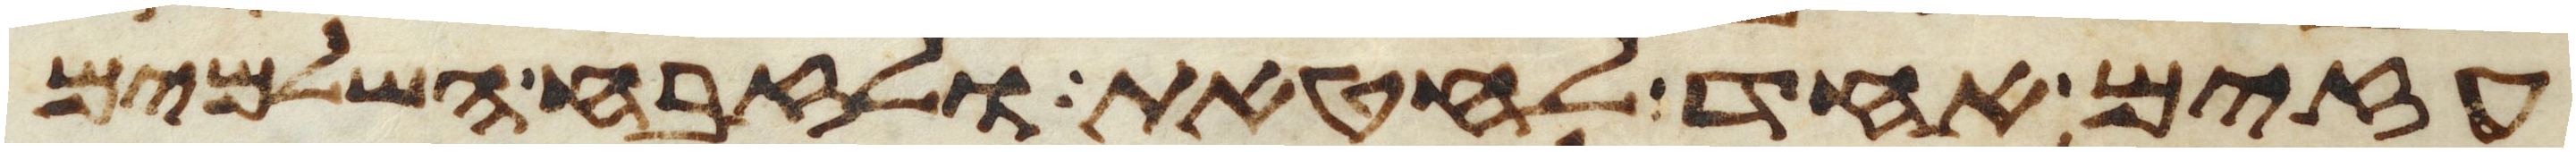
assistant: עזים אחד לחטאת ולזבח השלמים